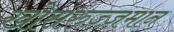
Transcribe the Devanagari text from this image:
खोसरुज़्ज़मान